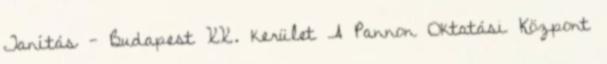
Tanítás - Budapest XX. kerület A Pannon Oktatási Központ